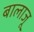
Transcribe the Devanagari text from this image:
बालाजू